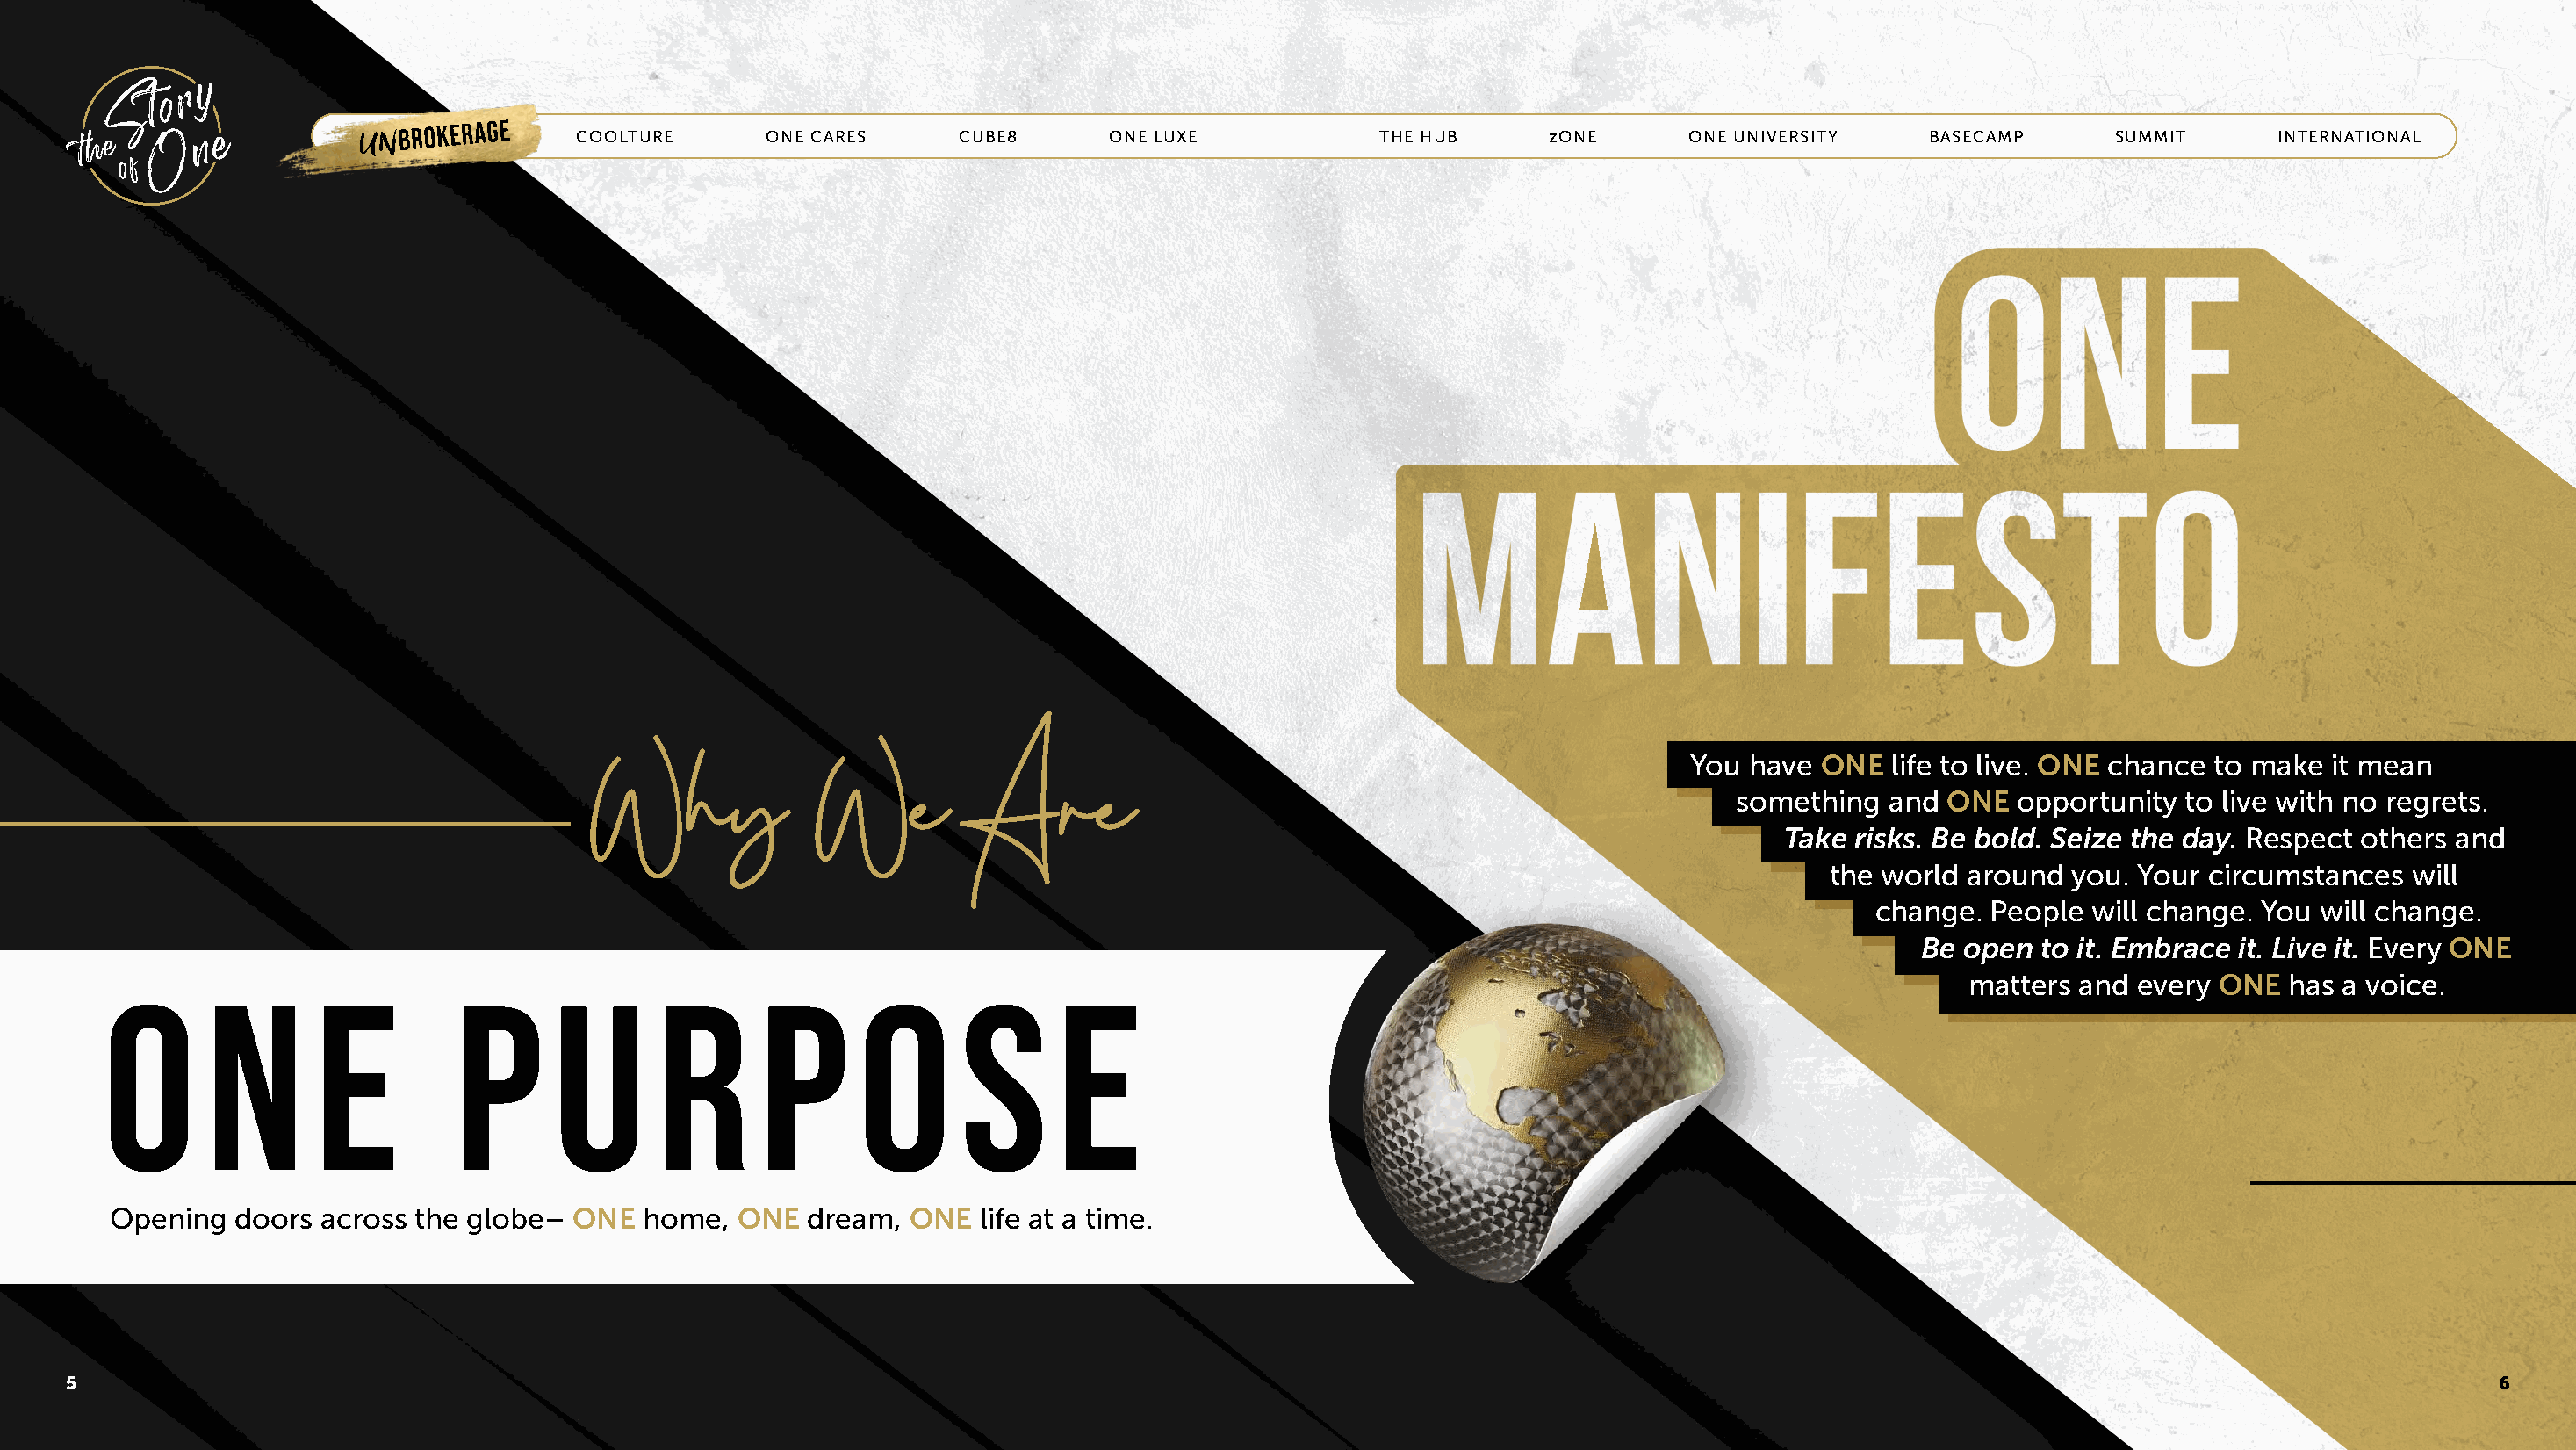
UNBROKERAGE      COOLTURE       ONE CARES     CUBE8       ONE LUXE            THE HUB      zONE      ONE UNIVERSITY    BASECAMP       SUMMIT      INTERNATIONAL
 You  have ONE   life to live. ONE chance to make it mean
 something  and  ONE  opportunity  to live with no regrets.
 WWhhyy           WWee        AArree
 Take  risks. Be bold. Seize the day. Respect others and
 the world around  you. Your circumstances   will
 change.  People  will change. You will change.
 Be open  to it. Embrace it. Live it. Every ONE
 matters  and every ONE   has a voice.
 O      N        E         P       U      R       P       O      S       E
 Opening   doors across the globe–  ONE  home,   ONE  dream,  ONE  life at a time.
 5                                                                                                                                                                                      6